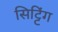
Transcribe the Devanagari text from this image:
सिट्टिंग